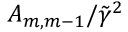
A _ { m , m - 1 } / \Tilde { \gamma } ^ { 2 }